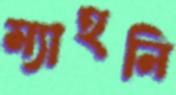
ম্যাহনি